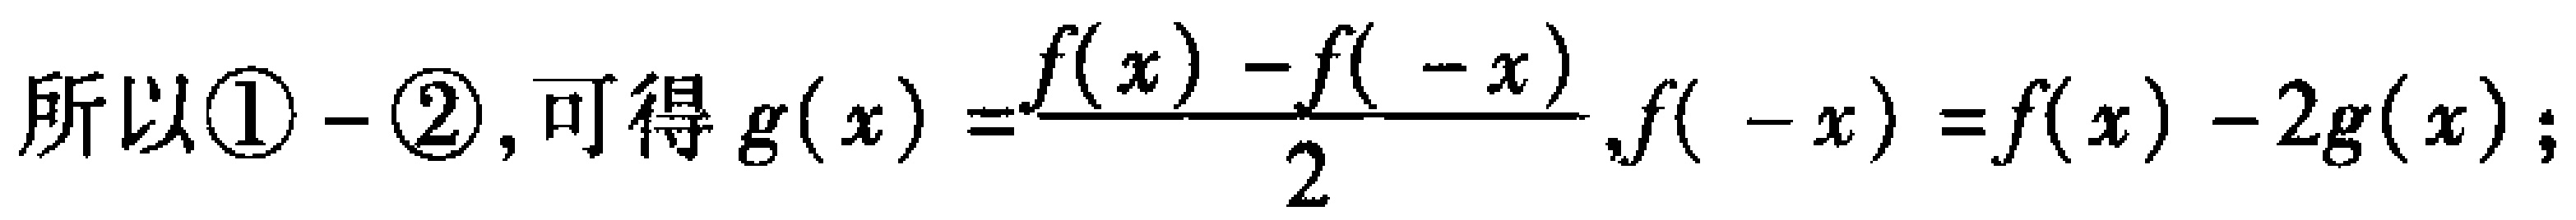
所以\textcircled{1}-\textcircled{2}, 可得 \(g(x)=\frac{f(x)-f( -x)}{2},f( -x)=f(x)-2g(x)\);